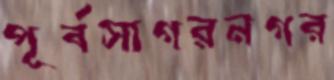
পূর্বসাগরনগর